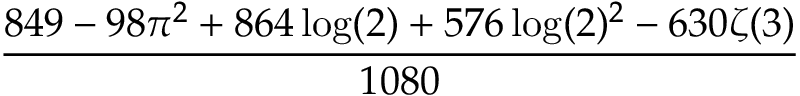
\frac { 8 4 9 - 9 8 \pi ^ { 2 } + 8 6 4 \log ( 2 ) + 5 7 6 \log ( 2 ) ^ { 2 } - 6 3 0 \zeta ( 3 ) } { 1 0 8 0 }